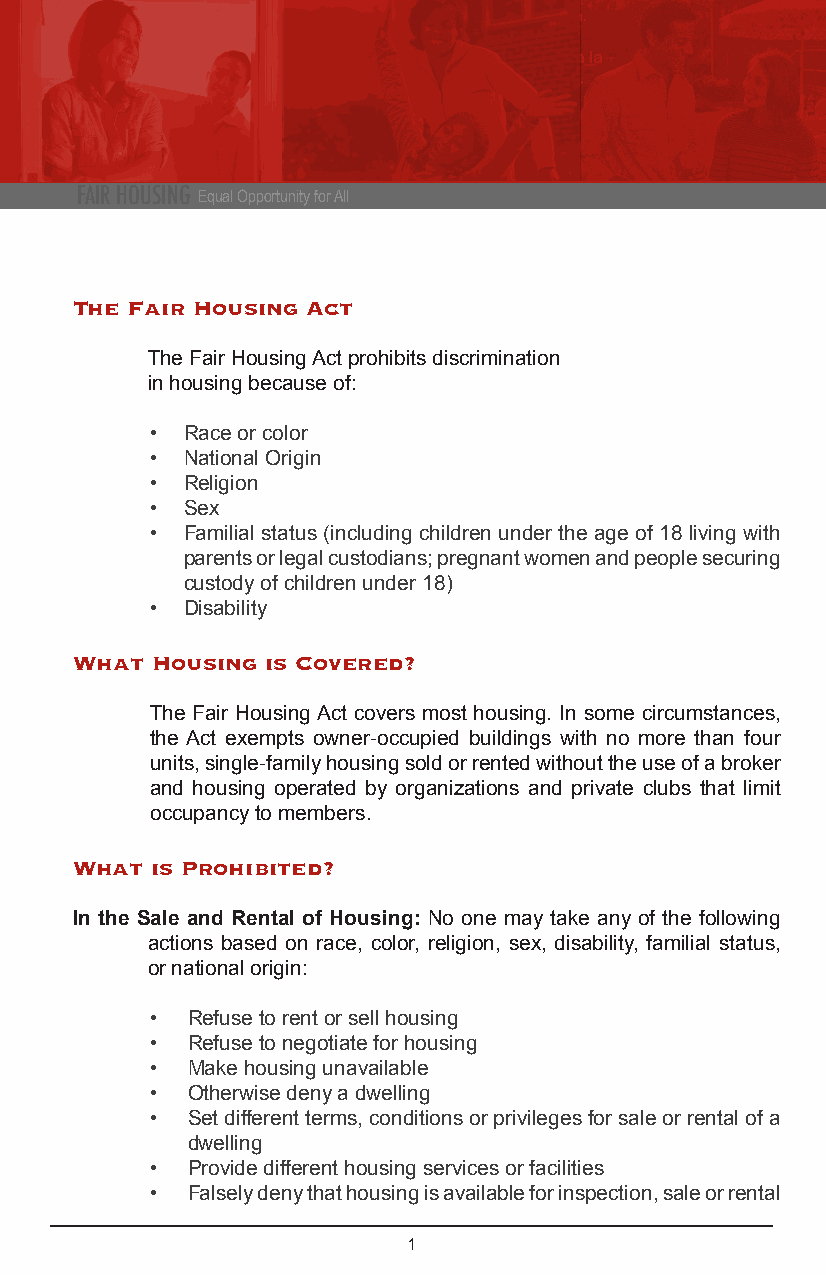
FAIR HOUSING Equal Opportunity for All
 The Fair Housing Act
 The Fair Housing Act prohibits discrimination
 in housing because of:
 • Race or color
 • National Origin
 • Religion
 • Sex
 • Familial status (including children under the age of 18 living with
 parents or legal custodians; pregnant women and people securing
 custody of children under 18)
 • Disability
 What Housing is Covered?
 The Fair Housing Act covers most housing. In some circumstances,
 the Act exempts owner-occupied buildings with no more than four
 units, single-family housing sold or rented without the use of a broker
 and housing operated by organizations and private clubs that limit
 occupancy to members.
 What is Prohibited?
 In the Sale and Rental of Housing: No one may take any of the following
 actions based on race, color, religion, sex, disability, familial status,
 or national origin:
 • Refuse to rent or sell housing
 • Refuse to negotiate for housing
 • Make housing unavailable
 • Otherwise deny a dwelling
 • Set different terms, conditions or privileges for sale or rental of a
 dwelling
 • Provide different housing services or facilities
 • Falsely deny that housing is available for inspection, sale or rental
 1